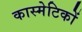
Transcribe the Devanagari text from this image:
कास्मेटिकों